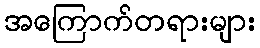
အကြောက်တရားများ